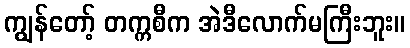
ကျွန်တော့် တက္ကစီက အဲဒီလောက်မကြီးဘူး။